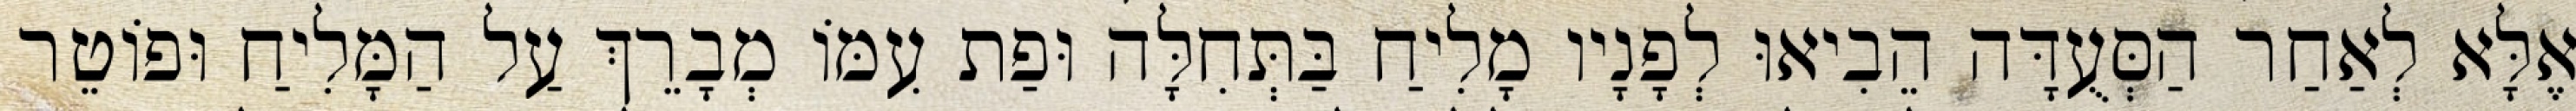
אֶלָּא לְאַחַר הַסְּעֻדָּה הֵבִיאוּ לְפָנָיו מָלִיחַ בַּתְּחִלָּה וּפַת עִמּוֹ מְבָרֵךְ עַל הַמָּלִיחַ וּפוֹטֵר